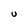
Character: U